Vaccination in Bombay 1863-1868 - 1863-1868
Year: 1863
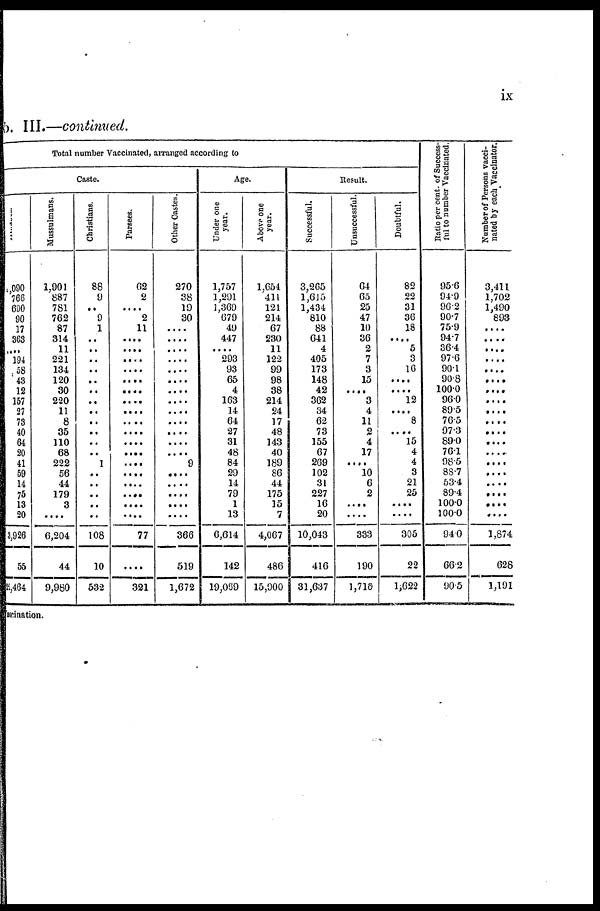
ix
No. III.—continued.
Total number Vaccinated, arranged according to
Caste.
Hindoos.
1,090
766
690
90
17
363
....
194
58
43
12
157
27
73
40
64
20
41
59
14
75
13
20
3,926
55
22,464
Mussulmans.
1,901
887
781
762
87
314
11
221
134
120
30
220
11
8
35
110
68
222
56
44
179
3
..
6,204
44
9,980
Christians.
88
9
..
9
1
..
..
..
..
..
..
..
..
..
..
..
..
1
..
..
..
..
..
108
10
532
Parsees.
62
2
....
2
11
..
..
....
..
....
....
....
....
....
....
....
....
....
....
....
....
....
....
77
....
321
Other Castes.
270
38
19
30
....
....
....
....
....
....
....
....
....
....
....
....
....
9
....
....
....
....
....
366
519
1,672
Age.
Under one
year.
1,757
1,291
1,369
679
49
447
....
293
93
65
4
163
14
64
27
31
48
84
29
14
79
1
13
6,614
142
19,069
Above one
year.
1,654
411
121
214
67
230
11
122
99
98
38
214
24
17
48
143
40
189
86
44
175
15
7
4,067
486
15,900
Result.
Successful.
3,265
1,615
1,434
810
88
641
4
405
173
148
42
362
34
62
73
155
67
269
102
31
227
16
20
10,043
416
31,637
Unsuccessful.
64
65
25
47
10
36
2
7
3
15
....
3
4
11
2
4
17
....
10
6
2
....
....
333
190
1,710
Doubtful.
82
22
31
36
18
....
5
3
16
....
....
12
....
8
....
15
4
4
3
21
25
....
....
305
22
1,622
Ratio per cent. of Success-
ful to number Vaccinated.
95.6
94.9
96.2
90.7
75.9
94.7
36.4
97.6
90.1
90.8
100.0
96.0
89.5
76.5
97.3
89.0
76.1
98.5
88.7
53.4
89.4
100.0
100.0
94.0
66.2
90.5
Number of Persons vacci-
nated by each Vaccinator.
3,411
1,702
1,490
893
....
....
....
....
....
....
....
....
....
....
....
....
....
....
....
....
....
....
....
1,874
628
1,191
vaccination.